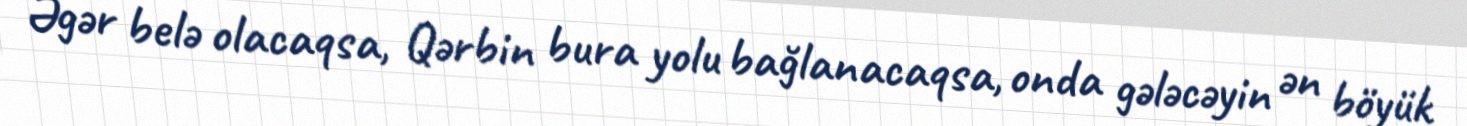
Əgər belə olacaqsa, Qərbin bura yolu bağlanacaqsa, onda gələcəyin ən böyük